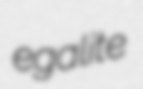
egalite